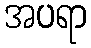
အပရာ